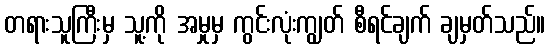
တရားသူကြီးမှ သူ့ကို အမှုမှ ကွင်းလုံးကျွတ် စီရင်ချက် ချမှတ်သည်။